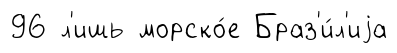
96 л'ишь морско́е Браз'и́л'иjа